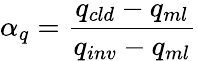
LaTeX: \alpha_{q}=\frac{q_{cld}-q_{ml}}{q_{inv}-q_{ml}}